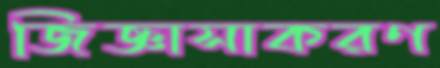
জিজ্ঞাসাকরণ